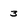
Character: 3